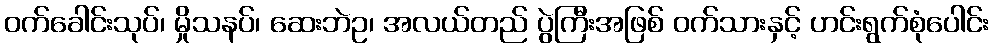
ဝက်ခေါင်းသုပ်၊ မှိုသနပ်၊ ဆေးဘဲဥ၊ အလယ်တည် ပွဲကြီးအဖြစ် ဝက်သားနှင့် ဟင်းရွက်စုံပေါင်း